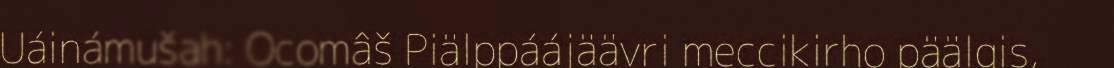
Uáinámušah: Ocomâš Piälppáájäävri meccikirho päälgis,